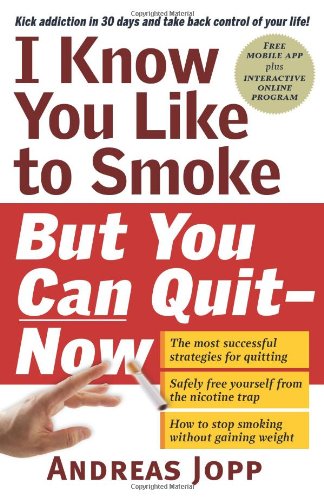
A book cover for I Know You Like to Smoke, But You Can QuitNow: Stop Smoking in 30 Days; Andreas Jopp; Health, Fitness & Dieting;